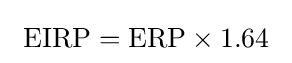
\ \mathrm {EIRP} =\mathrm {ERP} \times 1.64\